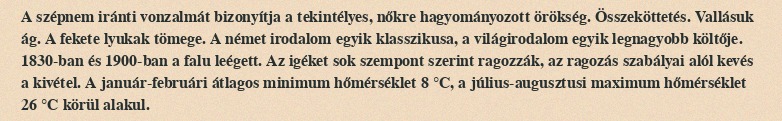
A szépnem iránti vonzalmát bizonyítja a tekintélyes, nőkre hagyományozott örökség. Összeköttetés. Vallásuk ág. A fekete lyukak tömege. A német irodalom egyik klasszikusa, a világirodalom egyik legnagyobb költője. 1830-ban és 1900-ban a falu leégett. Az igéket sok szempont szerint ragozzák, az ragozás szabályai alól kevés a kivétel. A január-februári átlagos minimum hőmérséklet 8 °C, a július-augusztusi maximum hőmérséklet 26 °C körül alakul.